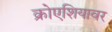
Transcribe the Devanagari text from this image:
क्रोएशियावर